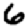
Digit: 6